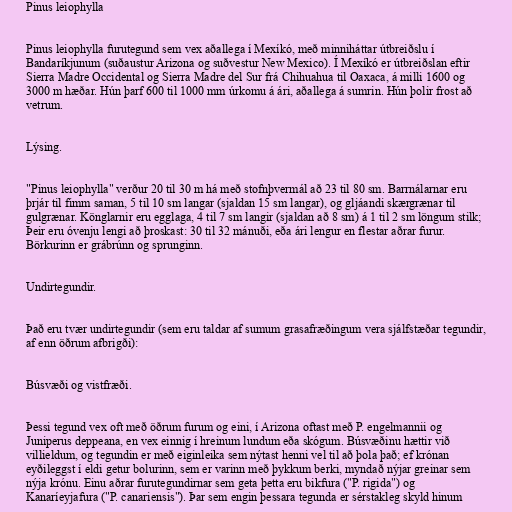
Pinus leiophylla

Pinus leiophylla furutegund sem vex aðallega í Mexíkó, með minniháttar útbreiðslu í
Bandaríkjunum (suðaustur Arizona og suðvestur New Mexico). Í Mexíkó er útbreiðslan eftir
Sierra Madre Occidental og Sierra Madre del Sur frá Chihuahua til Oaxaca, á milli 1600 og
3000 m hæðar. Hún þarf 600 til 1000 mm úrkomu á ári, aðallega á sumrin. Hún þolir frost að
vetrum.

Lýsing.

"Pinus leiophylla" verður 20 til 30 m há með stofnþvermál að 23 til 80 sm. Barrnálarnar eru
þrjár til fimm saman, 5 til 10 sm langar (sjaldan 15 sm langar), og gljáandi skærgrænar til
gulgrænar. Könglarnir eru egglaga, 4 til 7 sm langir (sjaldan að 8 sm) á 1 til 2 sm löngum stilk;
Þeir eru óvenju lengi að þroskast: 30 til 32 mánuði, eða ári lengur en flestar aðrar furur.
Börkurinn er grábrúnn og sprunginn.

Undirtegundir.

Það eru tvær undirtegundir (sem eru taldar af sumum grasafræðingum vera sjálfstæðar tegundir,
af enn öðrum afbrigði):

Búsvæði og vistfræði.

Þessi tegund vex oft með öðrum furum og eini, í Arizona oftast með P. engelmannii og
Juniperus deppeana, en vex einnig í hreinum lundum eða skógum. Búsvæðinu hættir við
villieldum, og tegundin er með eiginleika sem nýtast henni vel til að þola það; ef krónan
eyðileggst í eldi getur bolurinn, sem er varinn með þykkum berki, myndað nýjar greinar sem
nýja krónu. Einu aðrar furutegundirnar sem geta þetta eru bikfura ("P. rigida") og
Kanaríeyjafura ("P. canariensis"). Þar sem engin þessara tegunda er sérstakleg skyld hinum